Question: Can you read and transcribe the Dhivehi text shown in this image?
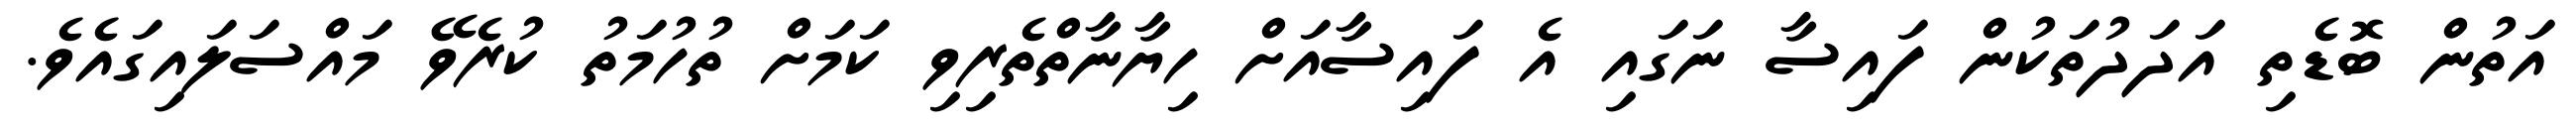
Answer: އަތުން ބޮޑެތި އަދަދުތަކުން ފައިސާ ނަގައި އެ ފައިސާއަށް ހިޔާނާތްތެރިވި ކަމަށް ތުހުމަތު ކުރެވޭ މައްސަލައިގައެވެ.